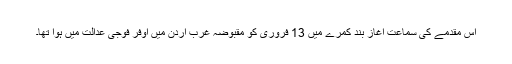
اس مقدمے کی سماعت آغاز بند کمرے میں 13 فروری کو مقبوضہ غرب اردن میں اوفر فوجی عدالت میں ہوا تھا۔